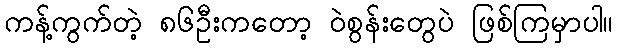
ကန့်ကွက်တဲ့ ၈၆ဦးကတော့ ဝဲစွန်းတွေပဲ ဖြစ်ကြမှာပါ။